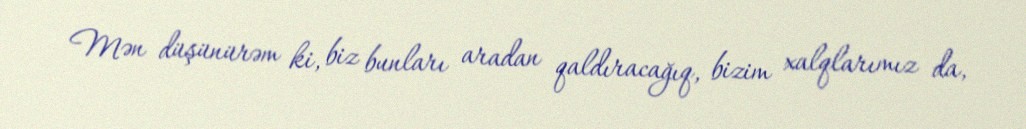
Mən düşünürəm ki, biz bunları aradan qaldıracağıq, bizim xalqlarımız da,